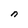
Character: n